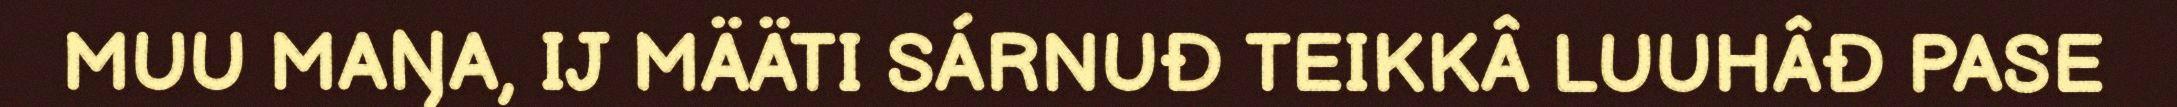
MUU MAŊA, IJ MÄÄTI SÁRNUĐ TEIKKÂ LUUHÂĐ PASE